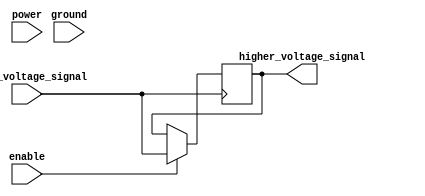
module IO_Block (
    input lower_voltage_signal,
    output higher_voltage_signal,
    input enable,
    input power,
    input ground
);

// Input buffer
reg input_buffer;
always @(posedge lower_voltage_signal) begin
    if (enable) begin
        input_buffer <= lower_voltage_signal;
    end
end

// Level shifting logic
assign higher_voltage_signal = input_buffer;

// Output buffer
reg output_buffer;
always @(posedge higher_voltage_signal) begin
    if (enable) begin
        output_buffer <= higher_voltage_signal;
    end
end

// Control signals
assign enable = enable;
assign power = power;
assign ground = ground;

endmodule